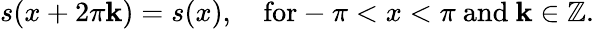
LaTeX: s(x+2\pi\mathbf{k})=s(x),\quad\mathrm{{for}}-\pi<x<\pi{\mathrm{{~and~}}}\mathbf{k}\in\mathbb{{Z}}.